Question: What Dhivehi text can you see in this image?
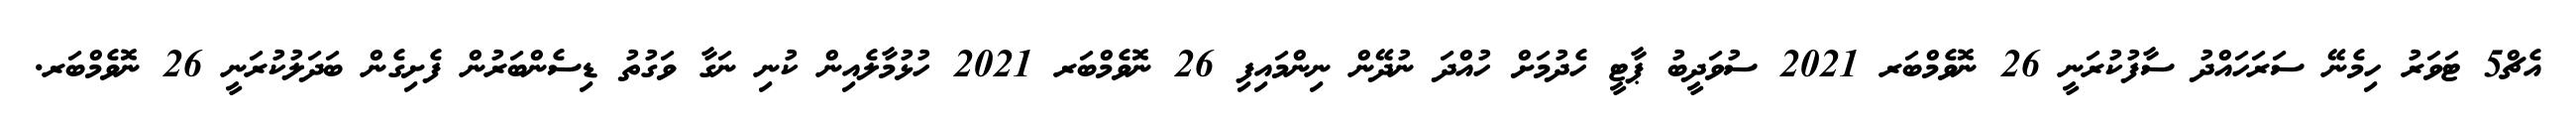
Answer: އެޗް5 ޓަވަރު ހިމެނޭ ސަރަހައްދު ސާފުކުރަނީ 26 ނޮވެމްބަރ 2021 ސުވަދީބު ޕާޓީ ހެދުމަށް ހުއްދަ ނުދޭން ނިންމައިފި 26 ނޮވެމްބަރ 2021 ހުޅުމާލެއިން ކުނި ނަގާ ވަގުތު ޑިސެންބަރުން ފެށިގެން ބަދަލުކުރަނީ 26 ނޮވެމްބަރ.